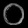
Digit: ၀